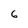
Character: 6